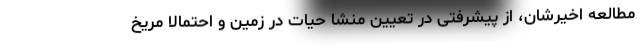
مطالعه اخیرشان، از پیشرفتی در تعیین منشا حیات در زمین و احتمالا مریخ